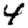
Digit: 4